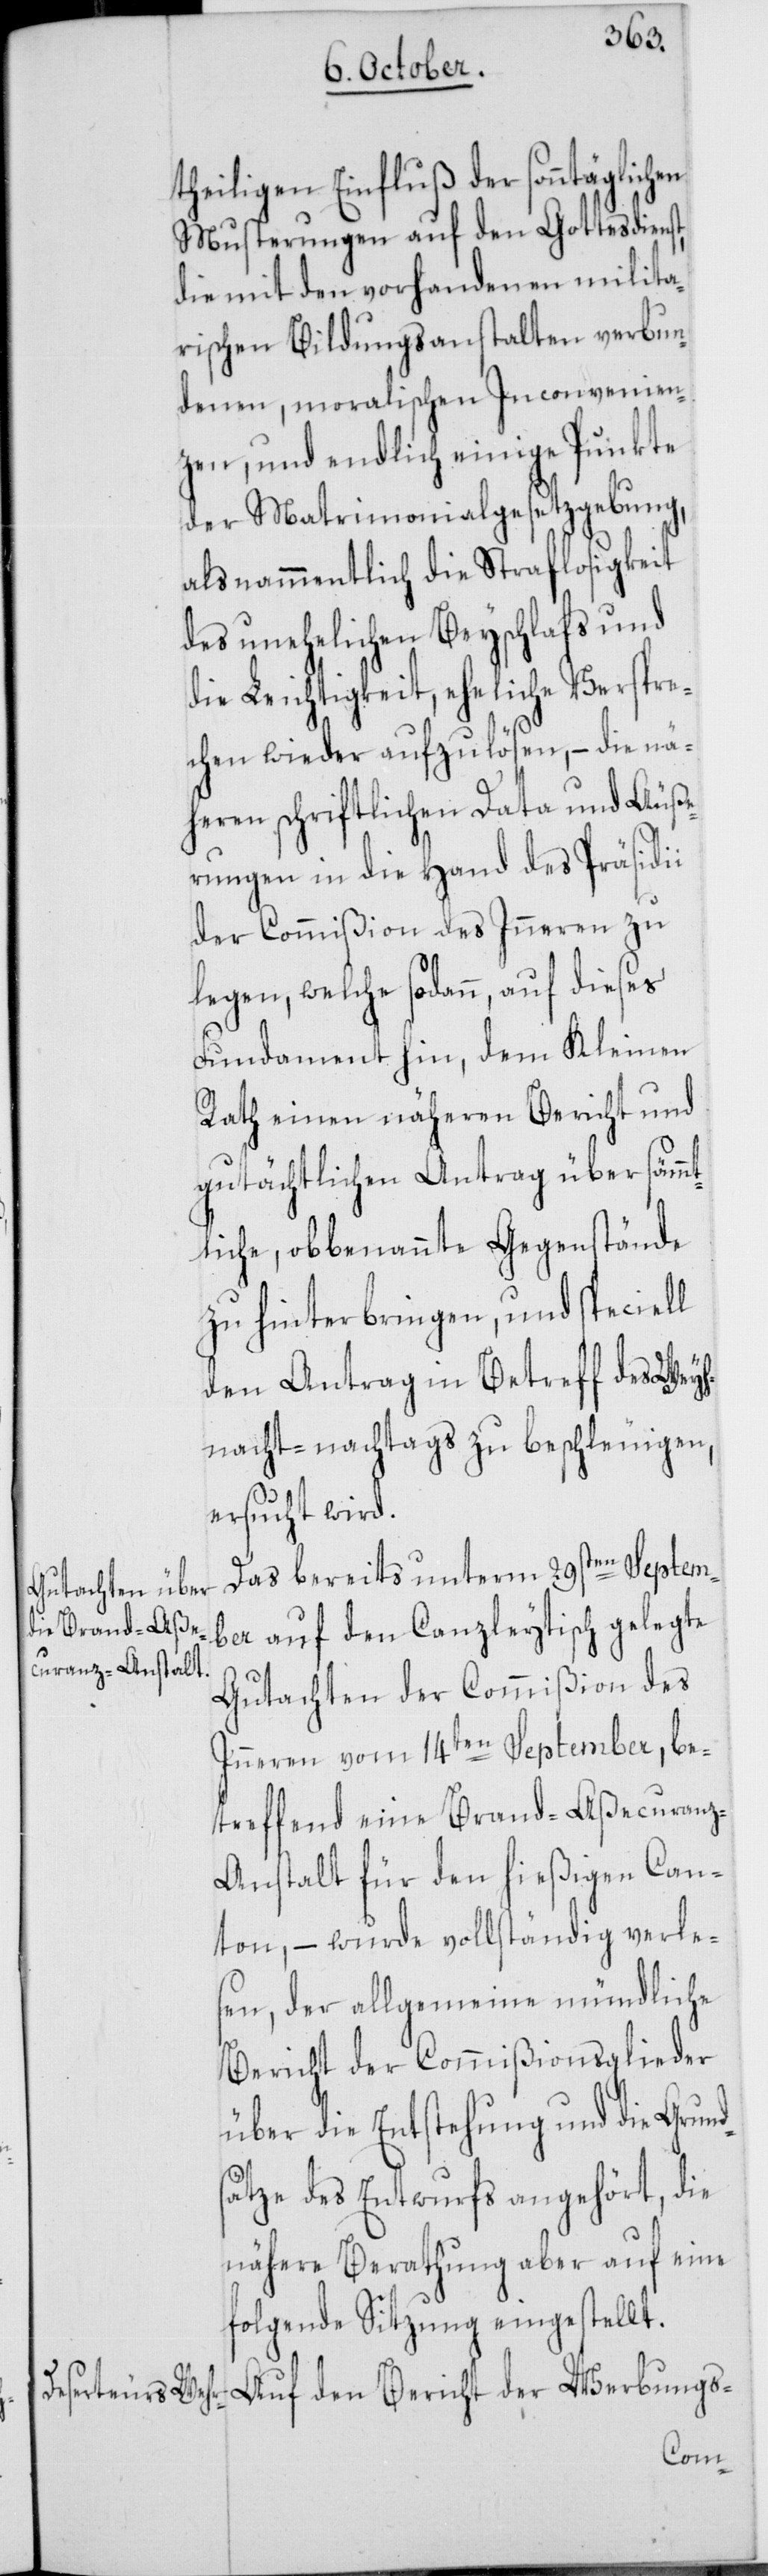
theiligen Einfluß der sonntäglichen
Musterungen auf den Gottesdienst,
die mit den vorhandenen milita¬
rischen Bildungsanstalten verbun¬
denen, moralischen Inconvenien¬
zen, und endlich einige Punkte
der Matrimonialgesetzgebung,
als nammentlich die Straflosigkeit
des unehelichen Beyschlafs und
die Leichtigkeit, eheliche Verspre¬
chen wieder aufzulösen, – die nä¬
heren schriftlichen Data und Äuße¬
rungen in die Hand des Präsidii
der Commißion des Inneren zu
legen, welche sodann, auf dieses
Fundament hin, dem Kleinen
Rath einen näheren Bericht und
gutächtlichen Antrag über sämmt¬
liche obbenannte Gegenstände
zu hinterbringen, und speciell
den Antrag in Betreff des Weyh¬
nacht-nachtags zu beschleuigen,
ersucht wird.
Das bereits unterm 29sten Septem¬
ber auf den Canzleytisch gelegte
Gutachten der Commißion des
Inneren vom 14ten September, be¬
treffend eine Brand-Aßecuran¬
z-Anstalt für den hießigen Can¬
ton, – wurde vollständig verle¬
sen, der allgemeine mündliche
Bericht der Commißionsglieder
über die Entstehung und die Grund¬
sätze des Entwurfs angehört, die
nähere Berathung aber auf eine
folgende Sitzung eingestellt.